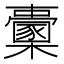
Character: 𣠔